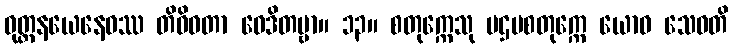
ဝုတ္တနယေနေဝဿ တိဝိဓတာ ဝေဒိတဗ္ဗာ။ ၁၃။ စတုက္ကေသု ပဌမစတုက္ကေ ယောဓ သေဝတိ